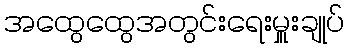
အထွေထွေအတွင်းရေးမှူးချုပ်